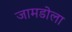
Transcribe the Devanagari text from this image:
जामडोला